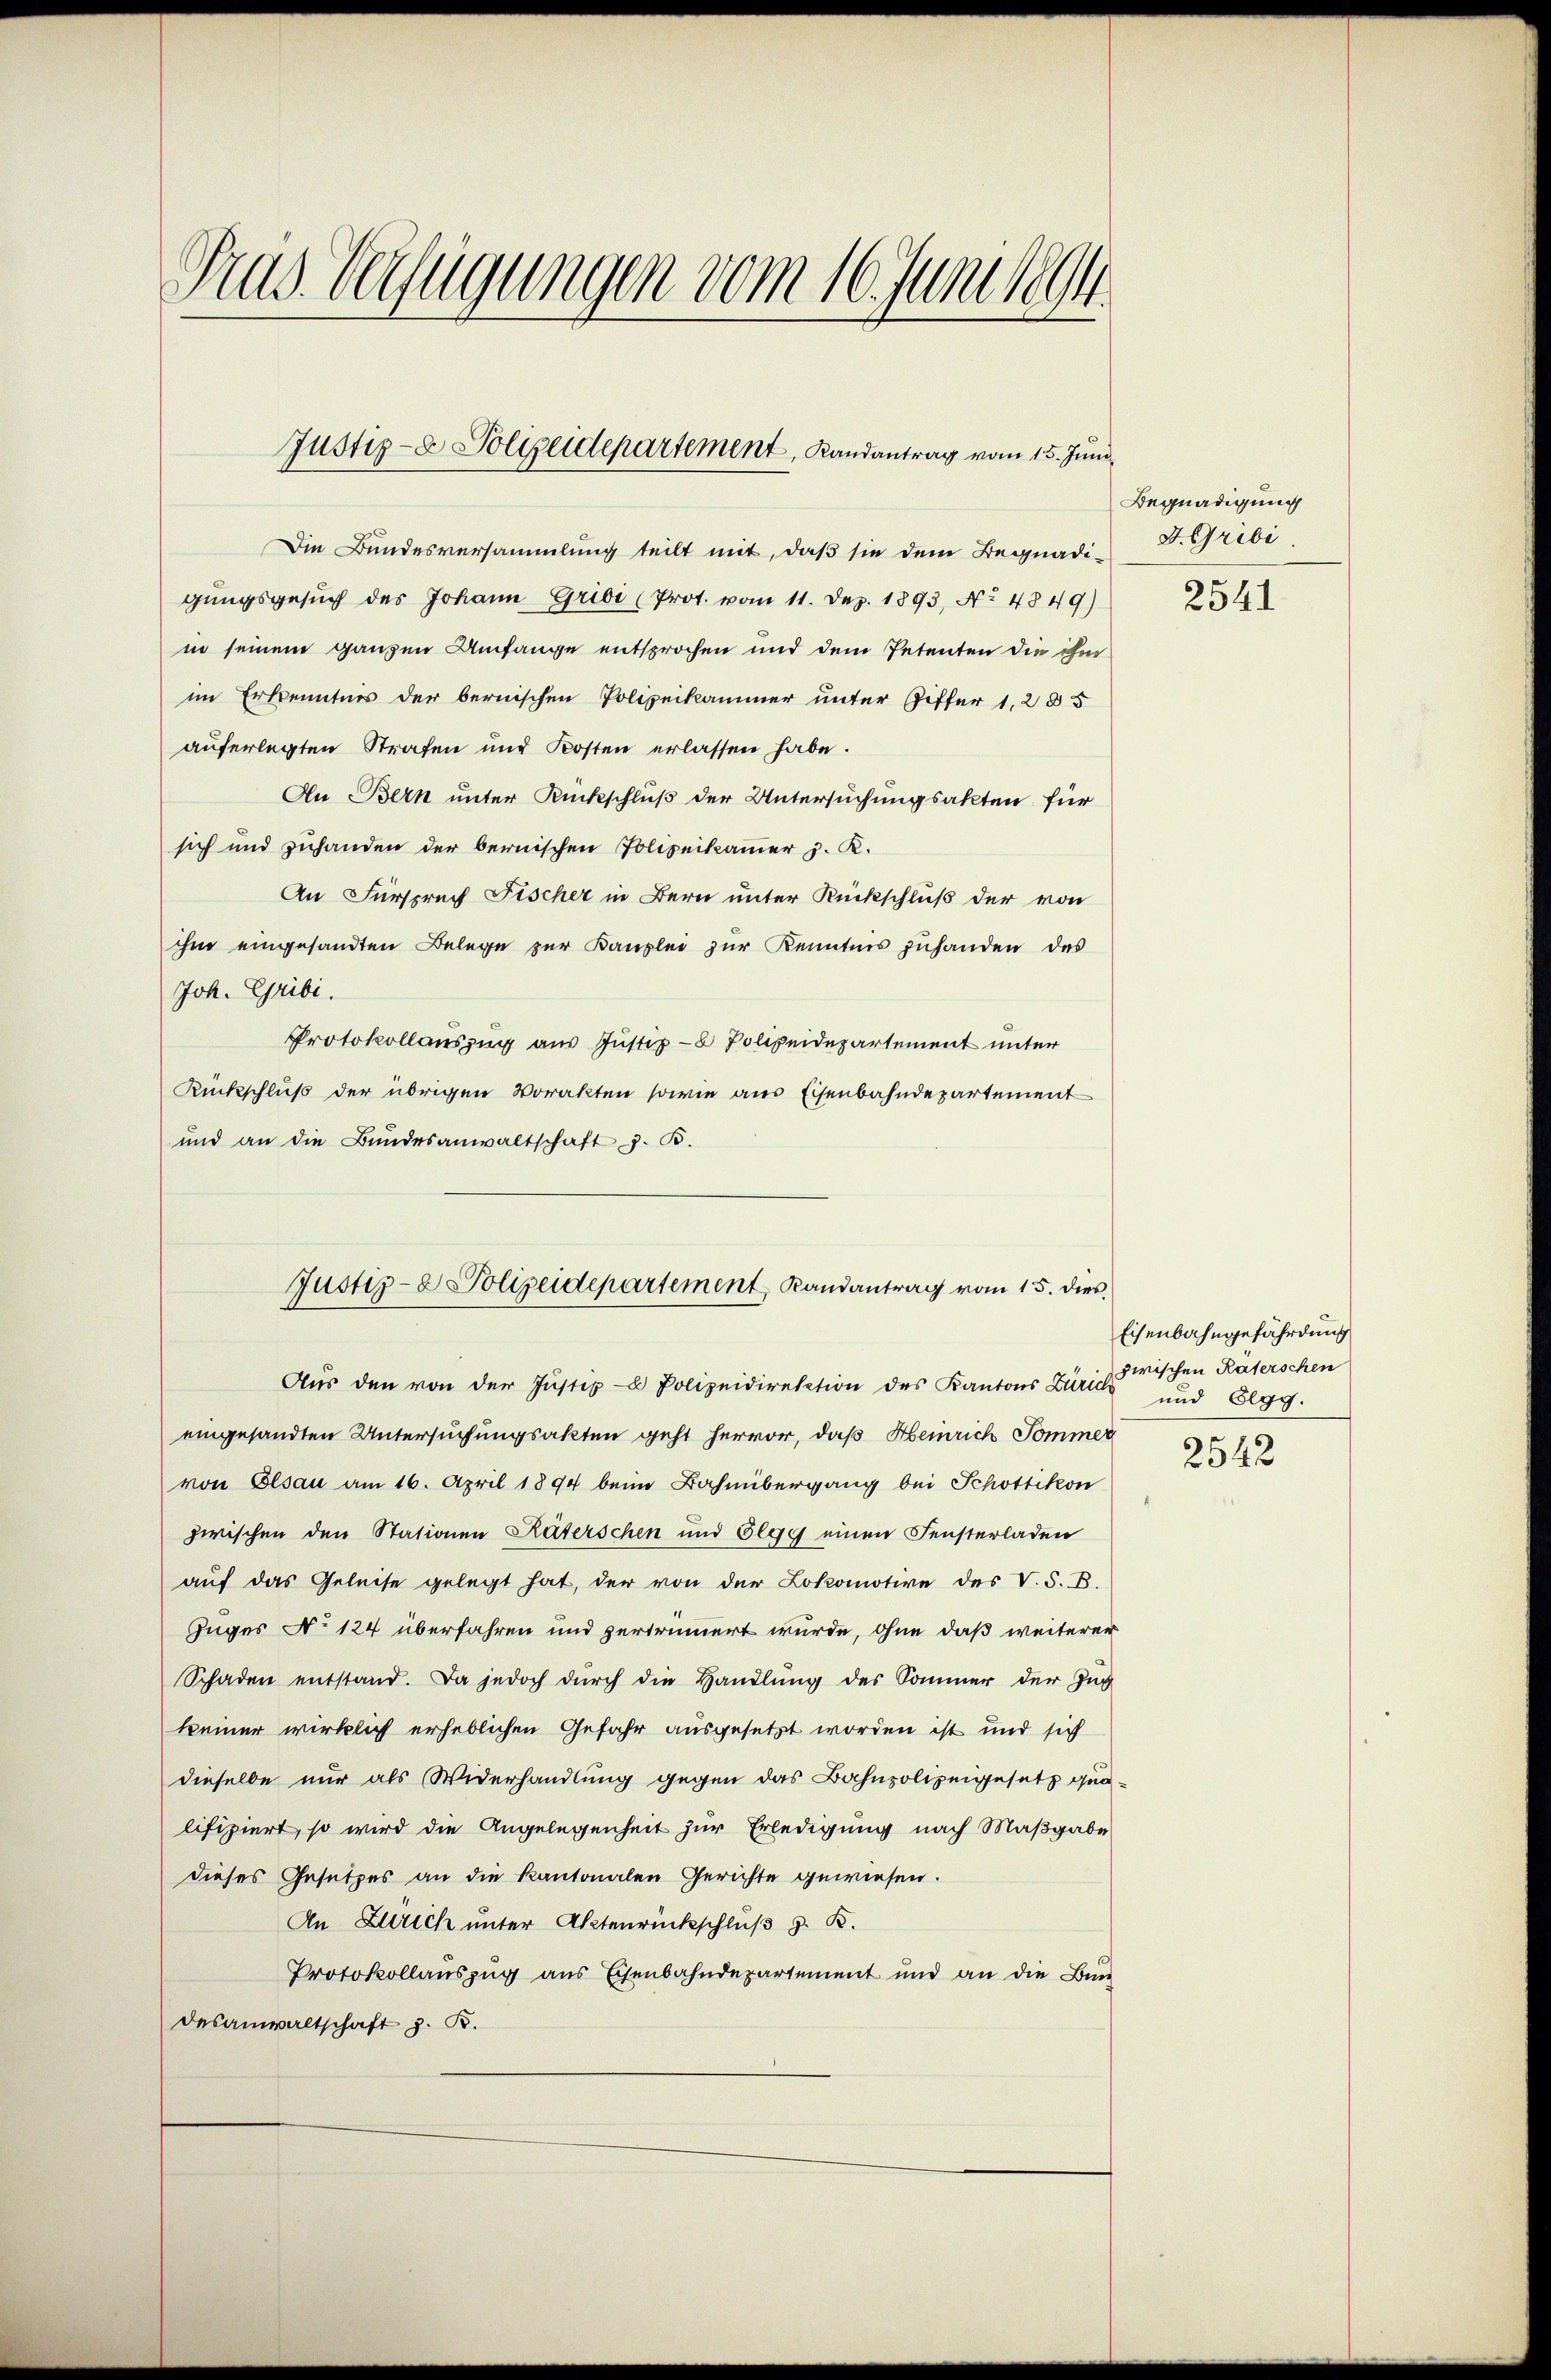
Tras Verfügungen vom 16. Junise

Die Bundesversammlung teilt mit, daß sie dem Begnadigungsgesŭch des Johann Grii (Prot. vom 11. Dez. 1893, No 4849)
in seinem ganzen Umfange entsprochen und dem Petenten die ihm
im Erkenntnis der bernischen Polizeikammer unter Ziffer 1,2 85
auferlegten Strafen und Kosten erlassen habe.
An Bern unter Rückschluß der Untersuchungsakten für
sich und zuhanden der bernischen Polizeikammer z. K.
An Fürspruch Fischer in Bern unter Rückschluß der von
ihm eingesandten Belege zur Kanzlei zur Kenntnis zuhanden des
Joh. Gribi.
Protokollauszug aus Justiz- & Polizeidepartement unter
Rückschluß der übrigen Vorakten sowie aus Eisenbahndepartement
und an die Bŭndesanwaltschaft z. B.
Aŭs den von der Justiz- u Polizeidirektion des Kantons Zürich und Elgg.
eingesandten Untersuchungsakten geht hervor, daß Heinrich Pommer
von Elsau am 16. April 1894 beim Bahnübergang bei Schottikon
zwischen den Stationen Räterschen und Slgg einen Fensterladen
aŭf das Geleise gelegt hat, der von der Lokomotive des V. S. B.
Zuges No 124 überfahren und zertrinert wurde, ohne daß weiterer
Schaden entstand. Da jedoch durch die Handlung des Sommer der Zug
keiner wirklich erheblichen Gefahr ausgesetzt worden ist und sich
dieselbe nur als Widerhandlung gegen das Bahnpolizeigesetz qualifiziert, so wird die Angelegenheit zur Erledigung nach Maßgabe
dieses Gesetzes an die Kantonalen Gerichte gewiesen.
An Ulrich unter Aktenrückschluß d. K.
Protokollauszug aus Eisenbahndepartement und an die Bun-
desanwaltschaft z. B.

Justiz- & Polizeidepartement, Landantrag vom 15. Juni

Justiz- & Polizeidepartement Randantrag vom 15. dies,

Begnadigung
F. Gribi

2541

Eisenbahngefährdung
zwischen Raterschen

2542